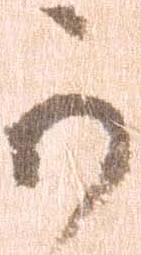
可